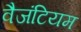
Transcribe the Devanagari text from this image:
वैजंटियम